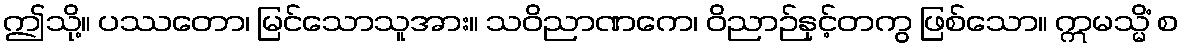
ဤသို့။ ပဿတော၊ မြင်သောသူအား။ သဝိညာဏကေ၊ ဝိညာဉ်နှင့်တကွ ဖြစ်သော။ ဣမသ္မိံ စ